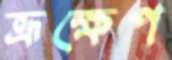
ভ্রূক্ষেপ